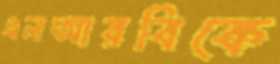
এলআরবিকে